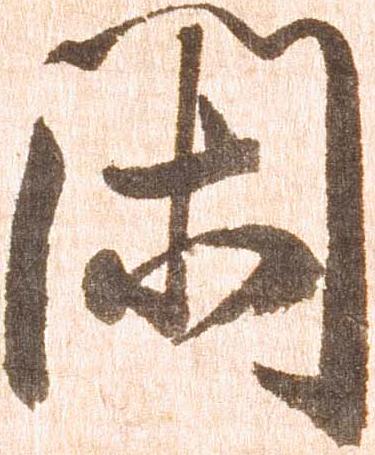
閑